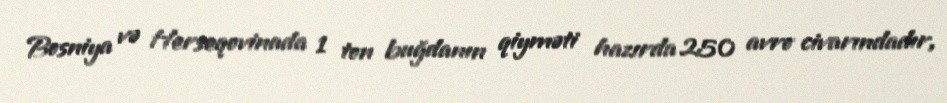
Bosniya və Herseqovinada 1 ton buğdanın qiyməti hazırda 250 avro civarındadır,